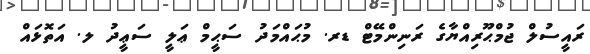
ރަަައީސުލް ޖުމްޙޫރިއްޔާގެ ރަނިންމޭޓް ޑރ. މުޙައްމަދު ސަޙީމް ޢަލީ ސަޢީދު ލ. އަތޮޅައް